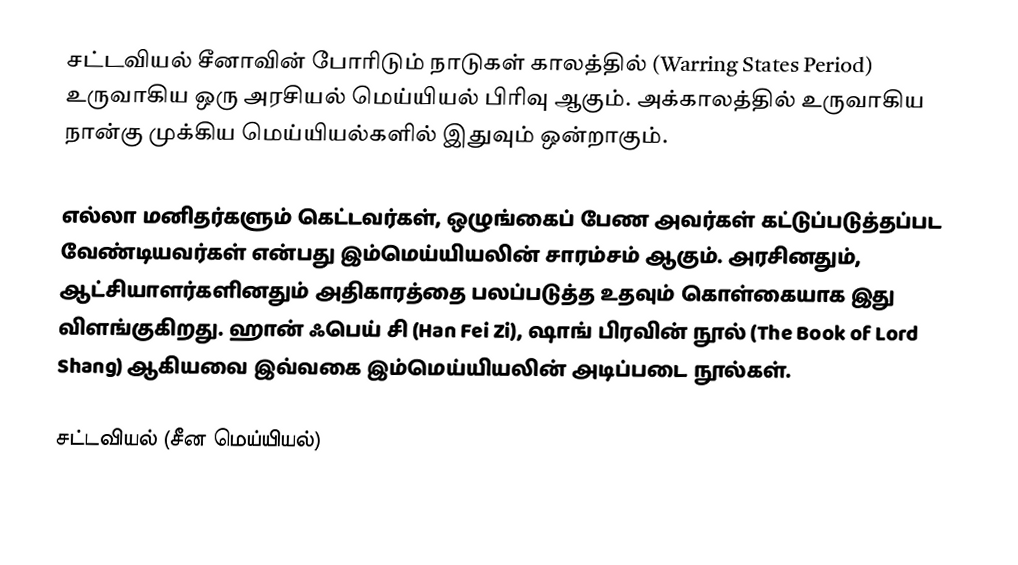
சட்டவியல் சீனாவின் போரிடும் நாடுகள் காலத்தில் (Warring States Period) உருவாகிய ஒரு அரசியல் மெய்யியல் பிரிவு ஆகும். அக்காலத்தில் உருவாகிய நான்கு முக்கிய மெய்யியல்களில் இதுவும் ஒன்றாகும்.

எல்லா மனிதர்களும் கெட்டவர்கள், ஒழுங்கைப் பேண அவர்கள் கட்டுப்படுத்தப்பட வேண்டியவர்கள் என்பது இம்மெய்யியலின் சாரம்சம் ஆகும்.  அரசினதும், ஆட்சியாளர்களினதும் அதிகாரத்தை பலப்படுத்த உதவும் கொள்கையாக இது விளங்குகிறது.  ஹான் ஃபெய் சி (Han Fei Zi), ஷாங் பிரவின் நூல் (The Book of Lord Shang) ஆகியவை இவ்வகை இம்மெய்யியலின் அடிப்படை நூல்கள்.

சட்டவியல் (சீன மெய்யியல்)